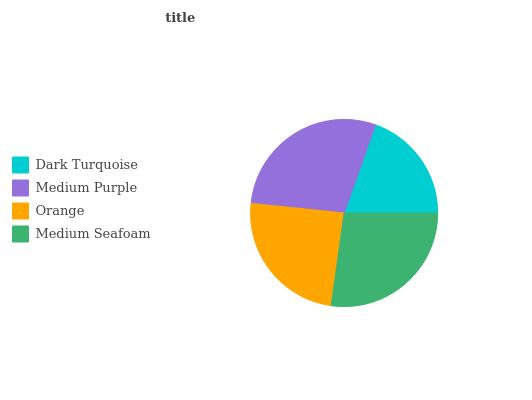
| Dark Turquoise | Medium Purple | Orange | Medium Seafoam |
 | --- | --- | --- | --- |
 | 19.6% | 28.8% | 24.5% | 27.2% |